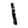
Digit: 1